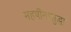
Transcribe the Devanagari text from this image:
महर्षींनासुद्धा